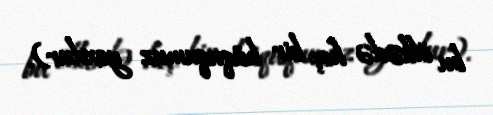
bu ölkədə heç bir hüququmuz yoxdur).